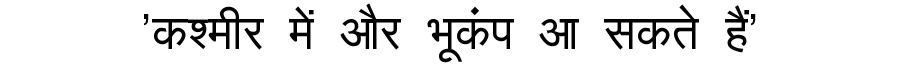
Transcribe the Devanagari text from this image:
'कश्मीर में और भूकंप आ सकते हैं'